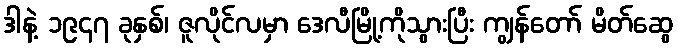
ဒါနဲ့ ၁၉၄၇ ခုနှစ်၊ ဇူလိုင်လမှာ ဒေလီမြို့ကိုသွားပြီး ကျွန်တော် မိတ်ဆွေ